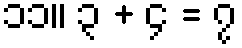
၁၁။ ၃ + ၄ = ၇